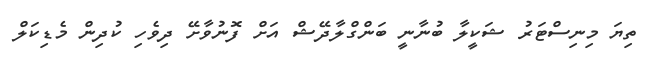
ތިޔަ މިނިސްޓަރު ޝަކީލާ ބުނާނީ ބަންގްލާދޭޝް އަށް ފޮނުވާށޭ ދިވެހި ކުދިން މެޑިކަލް